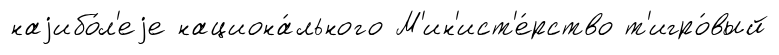
наjибо́л'еjе национа́льного М'ин'ист'е́рство т'игро́вый